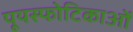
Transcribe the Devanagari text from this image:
पूयस्फोटिकाओं